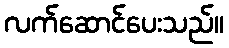
လက်ဆောင်ပေးသည်။